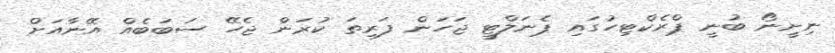
ނިށީނޯ ބުނީ ޕްރެކްޓިހުގައި ޕެނަލްޓީ ޖަހަން ފަރިތަ ކުރަން ޖެހޭ ސަބަބެއް އޭނާއަށް